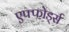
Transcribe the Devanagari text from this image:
एफ्फोर्ड्स